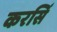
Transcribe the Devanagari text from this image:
करसिँ